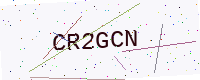
Text: CR2GCN